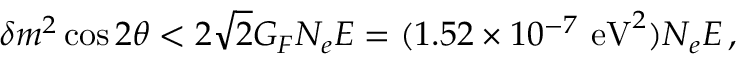
\delta m ^ { 2 } \cos 2 \theta < 2 \sqrt 2 G _ { F } N _ { e } E = ( 1 . 5 2 \times 1 0 ^ { - 7 } \mathrm { ~ e V } ^ { 2 } ) N _ { e } E \, ,